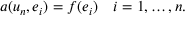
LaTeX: a ( u _ { n } , e _ { i } ) = f ( e _ { i } ) \quad i = 1 , \ldots , n .